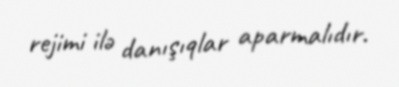
rejimi ilə danışıqlar aparmalıdır.